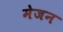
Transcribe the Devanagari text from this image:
मेजन